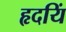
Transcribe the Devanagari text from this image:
हृदयिं